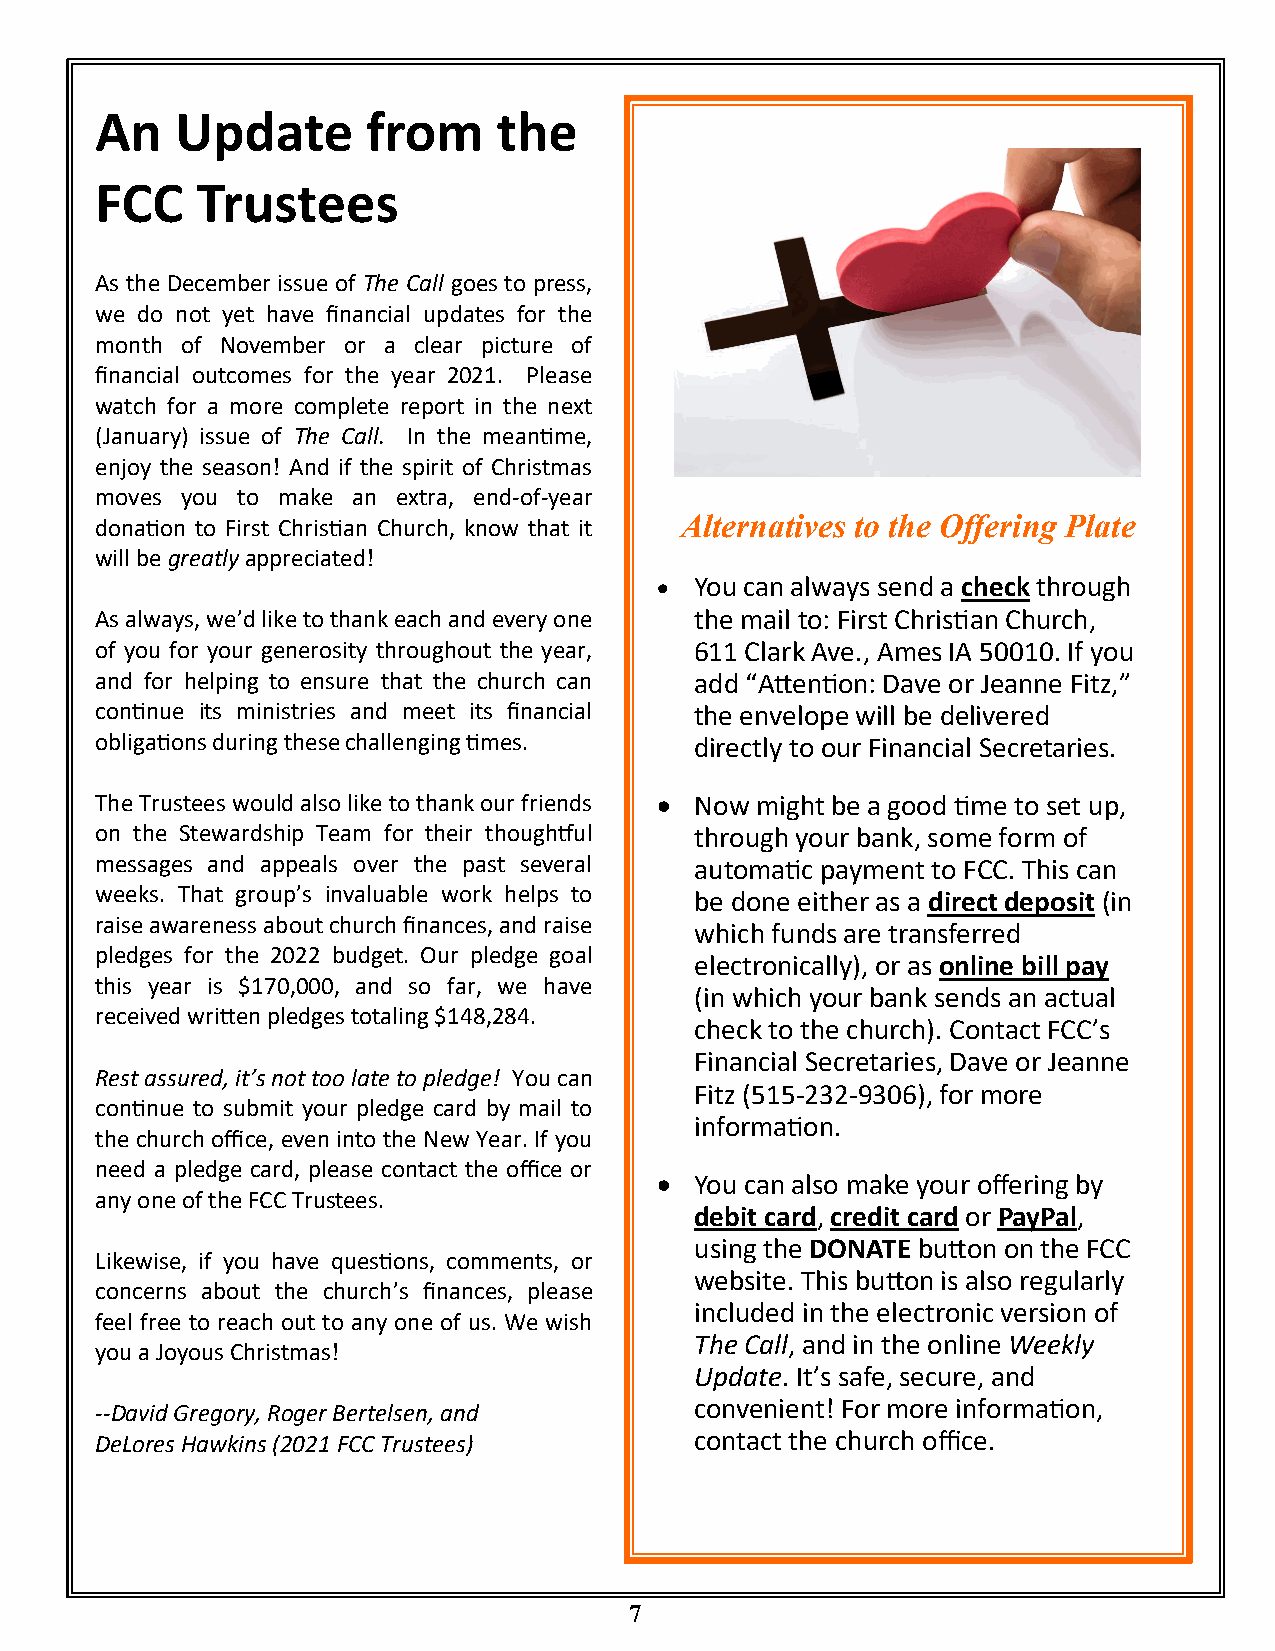
An    Update      from     the
 FCC    Trustees
 As the December issue of The Call goes to press,
 we do not yet have financial updates for the
 month of November or a clear picture of
 financial outcomes for the year 2021. Please
 watch for a more complete report in the next
 (January) issue of The Call. In the meantime,
 enjoy the season! And if the spirit of Christmas
 moves you to make an extra, end-of-year
 donation to First Christian Church, know that it Alternatives to the Offering Plate
 will be greatly appreciated!
 •  You can always send a check through
 As always, we’d like to thank each and every one the mail to: First Christian Church,
 of you for your generosity throughout the year, 611 Clark Ave., Ames IA 50010. If you
 and for helping to ensure that the church can add “Attention: Dave or Jeanne Fitz,”
 continue its ministries and meet its financial the envelope will be delivered
 obligations during these challenging times. directly to our Financial Secretaries.
 The Trustees would also like to thank our friends • Now might be a good time to set up,
 on the Stewardship Team for their thoughtful through your bank, some form of
 messages and appeals over the past several automatic payment to FCC. This can
 weeks. That group’s invaluable work helps to be done either as a direct deposit (in
 raise awareness about church finances, and raise
 which funds are transferred
 pledges for the 2022 budget. Our pledge goal
 electronically), or as online bill pay
 this year is $170,000, and so far, we have
 (in which your bank sends an actual
 received written pledges totaling $148,284.
 check to the church). Contact FCC’s
 Financial Secretaries, Dave or Jeanne
 Rest assured, it’s not too late to pledge! You can
 Fitz (515-232-9306), for more
 continue to submit your pledge card by mail to
 information.
 the church office, even into the New Year. If you
 need a pledge card, please contact the office or
 •  You can also make your offering by
 any one of the FCC Trustees.
 debit card, credit card or PayPal,
 using the DONATE button on the FCC
 Likewise, if you have questions, comments, or
 website. This button is also regularly
 concerns about the church’s finances, please
 included in the electronic version of
 feel free to reach out to any one of us. We wish
 The Call, and in the online Weekly
 you a Joyous Christmas!
 Update. It’s safe, secure, and
 convenient! For more information,
 --David Gregory, Roger Bertelsen, and
 DeLores Hawkins (2021 FCC Trustees)     contact the church office.
 7